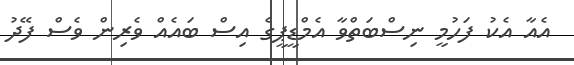
އެއާ އެކު ފަހުމީ ނިސްބަތްވާ އެމްޑީޕީގެ އިސް ބައެއް ވެރިން ވެސް ފޭދު